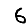
Digit: 6